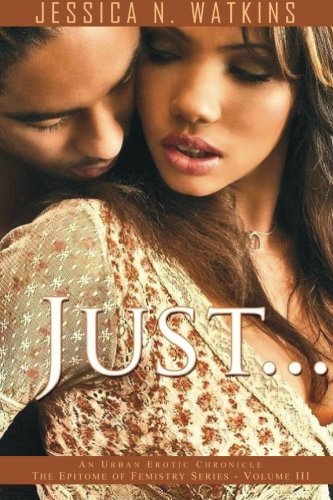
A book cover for Just (Epitome of Femistry); Jessica N. Watkins; Romance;